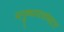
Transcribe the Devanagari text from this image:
मनुष्यमात्रांबद्दल